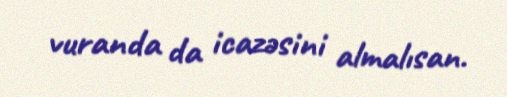
vuranda da icazəsini almalısan.